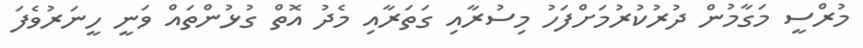
މުރްސީ މަގާމުން ދުރުކުރުމަށްފަހު މިސުރާއި ގަތަރާއި މެދު އޮތް ގުޅުންތައް ވަނީ ހީނަރުވެފަ